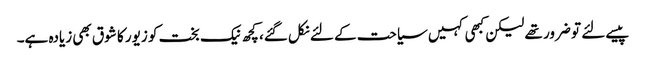
پیسے لئے تو ضرور تھے لیکن کبھی کہیں سیاحت کے لئے نکل گئے، کچھ نیک بخت کو زیور کا شوق بھی زیادہ ہے۔